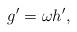
LaTeX: \begin{align*}g' = \omega h',\end{align*}